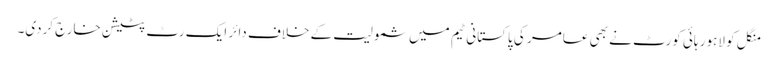
منگل کو لاہور ہائی کورٹ نے بھی عامر کی پاکستانی ٹیم میں شمولیت کے خلاف دائر ایک رٹ پٹیشن خارج کردی۔